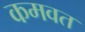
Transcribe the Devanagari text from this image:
कमवत